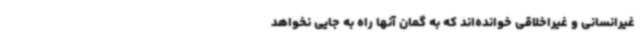
غیرانسانی و غیراخلاقی خوانده‌اند که به گمان آنها راه به جایی نخواهد